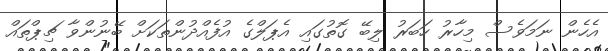
އެހެން ނަމަވެސް މިހާރު ހަބަރު ލިބޭ ގޮތުގައި އެޕަލްގެ އުފެއްދުންތަކަށް ބޭނުންވާ ޗިޕްތައް